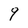
Character: 9